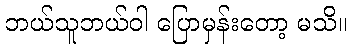
ဘယ်သူဘယ်ဝါ ပြောမှန်းတော့ မသိ။